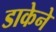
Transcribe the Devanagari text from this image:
डाकेने